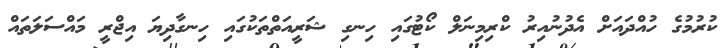
ކުރުމުގެ ހުއްދައަށް އެދުނުއިރު ކްރިމިނަލް ކޯޓުގައި ހިނގި ޝަރީއަތްތަކުގައި ހިނގާދިޔަ އިޖްރީ މައްސަލަތައް